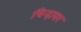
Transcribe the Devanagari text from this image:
चिन्हावर